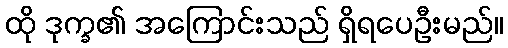
ထို ဒုက္ခ၏ အကြောင်းသည် ရှိရပေဦးမည်။